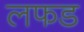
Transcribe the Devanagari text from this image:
लफड